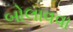
બોલાવવા